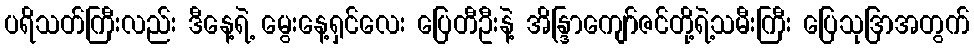
ပရိသတ်ကြီးလည်း ဒီနေ့ရဲ့ မွေးနေ့ရှင်လေး ပြေတီဦးနဲ့ အိန္ဒြာကျော်ဇင်တို့ရဲ့သမီးကြီး ပြေသုဒြာအတွက်